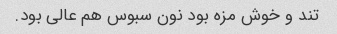
تند و خوش مزه بود نون سبوس هم عالی بود.